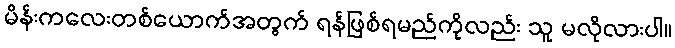
မိန်းကလေးတစ်ယောက်အတွက် ရန်ဖြစ်ရမည်ကိုလည်း သူ မလိုလားပါ။